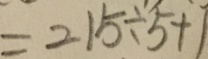
= 2 1 5 \div 5 + 1